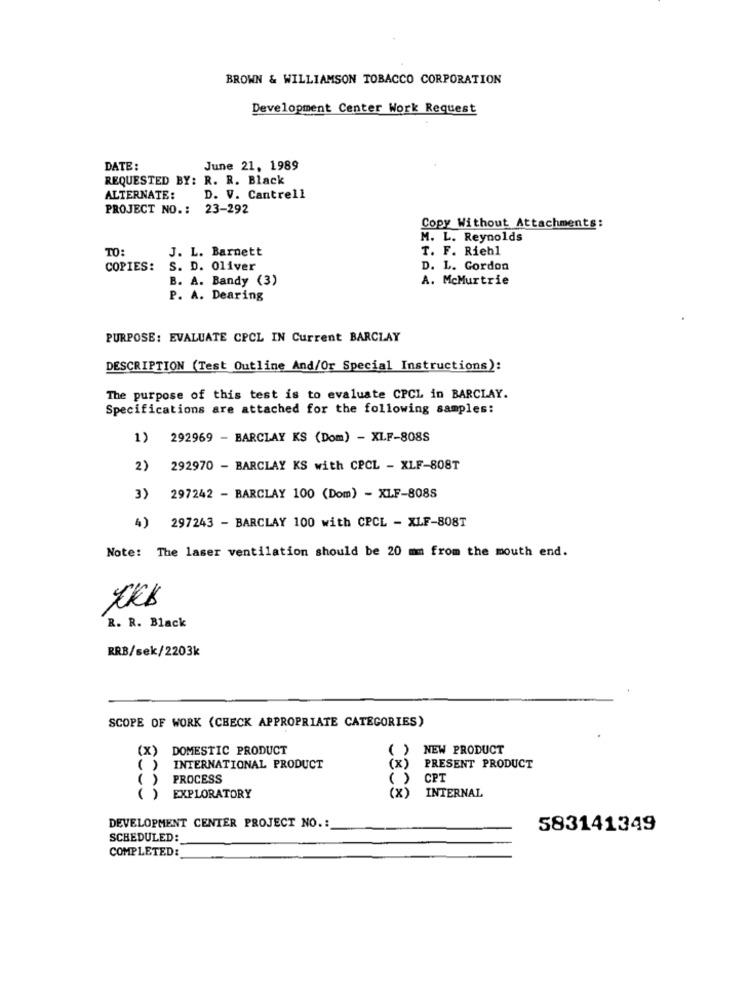
BROWN & WILLIAMSON TOBACCO CORPORATION
Development Center Work Request
DATE:
June 21, 1989
REQUESTED BY: R. R. Black
ALTERNATE:
D. V. Cantrell
PROJECT NO .:
23-292
Copy Without Attachments:
M. L. Reynolds
TO:
J. L. Barnett
T. F. Riehl
COPIES:
S. D. Oliver
D. L. Gordon
B. A. Bandy (3)
A. McMurtrie
P. A. Dearing
PURPOSE: EVALUATE CPCL IN Current BARCLAY
DESCRIPTION (Test Outline And/Or Special Instructions):
The purpose of this test is to evaluate CPCL in BARCLAY.
Specifications are attached for the following samples:
1) 292969 - BARCLAY KS (Dom) - XLF-808S
2) 292970 - BARCLAY KS with CPCL - XLF-808T
3) 297242 - BARCLAY 100 (Dom) - XLF-808S
4) 297243 - BARCLAY 100 with CPCL - XLF-808T
Note: The laser ventilation should be 20 mm from the mouth end.
R. R. Black
RRB/sek/2203k
SCOPE OF WORK (CHECK APPROPRIATE CATEGORIES)
(x)
DOMESTIC PRODUCT
( ) NEW PRODUCT
( ) INTERNATIONAL PRODUCT
(x)
PRESENT PRODUCT
( ) PROCESS
( )
CPT
INTERNAL
( ) EXPLORATORY
(x)
DEVELOPMENT CENTER PROJECT NO .:
583141349
SCHEDULED:
COMPLETED: